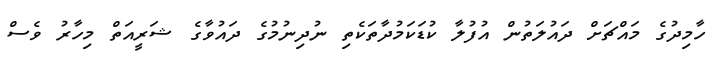
ހާމިދުގެ މައްޗަށް ދައުލަތުން އުފުލާ ކުޑަކަމުދާތަކެތި ނުދިނުމުގެ ދައުވާގެ ޝަރީއަތް މިހާރު ވެސް